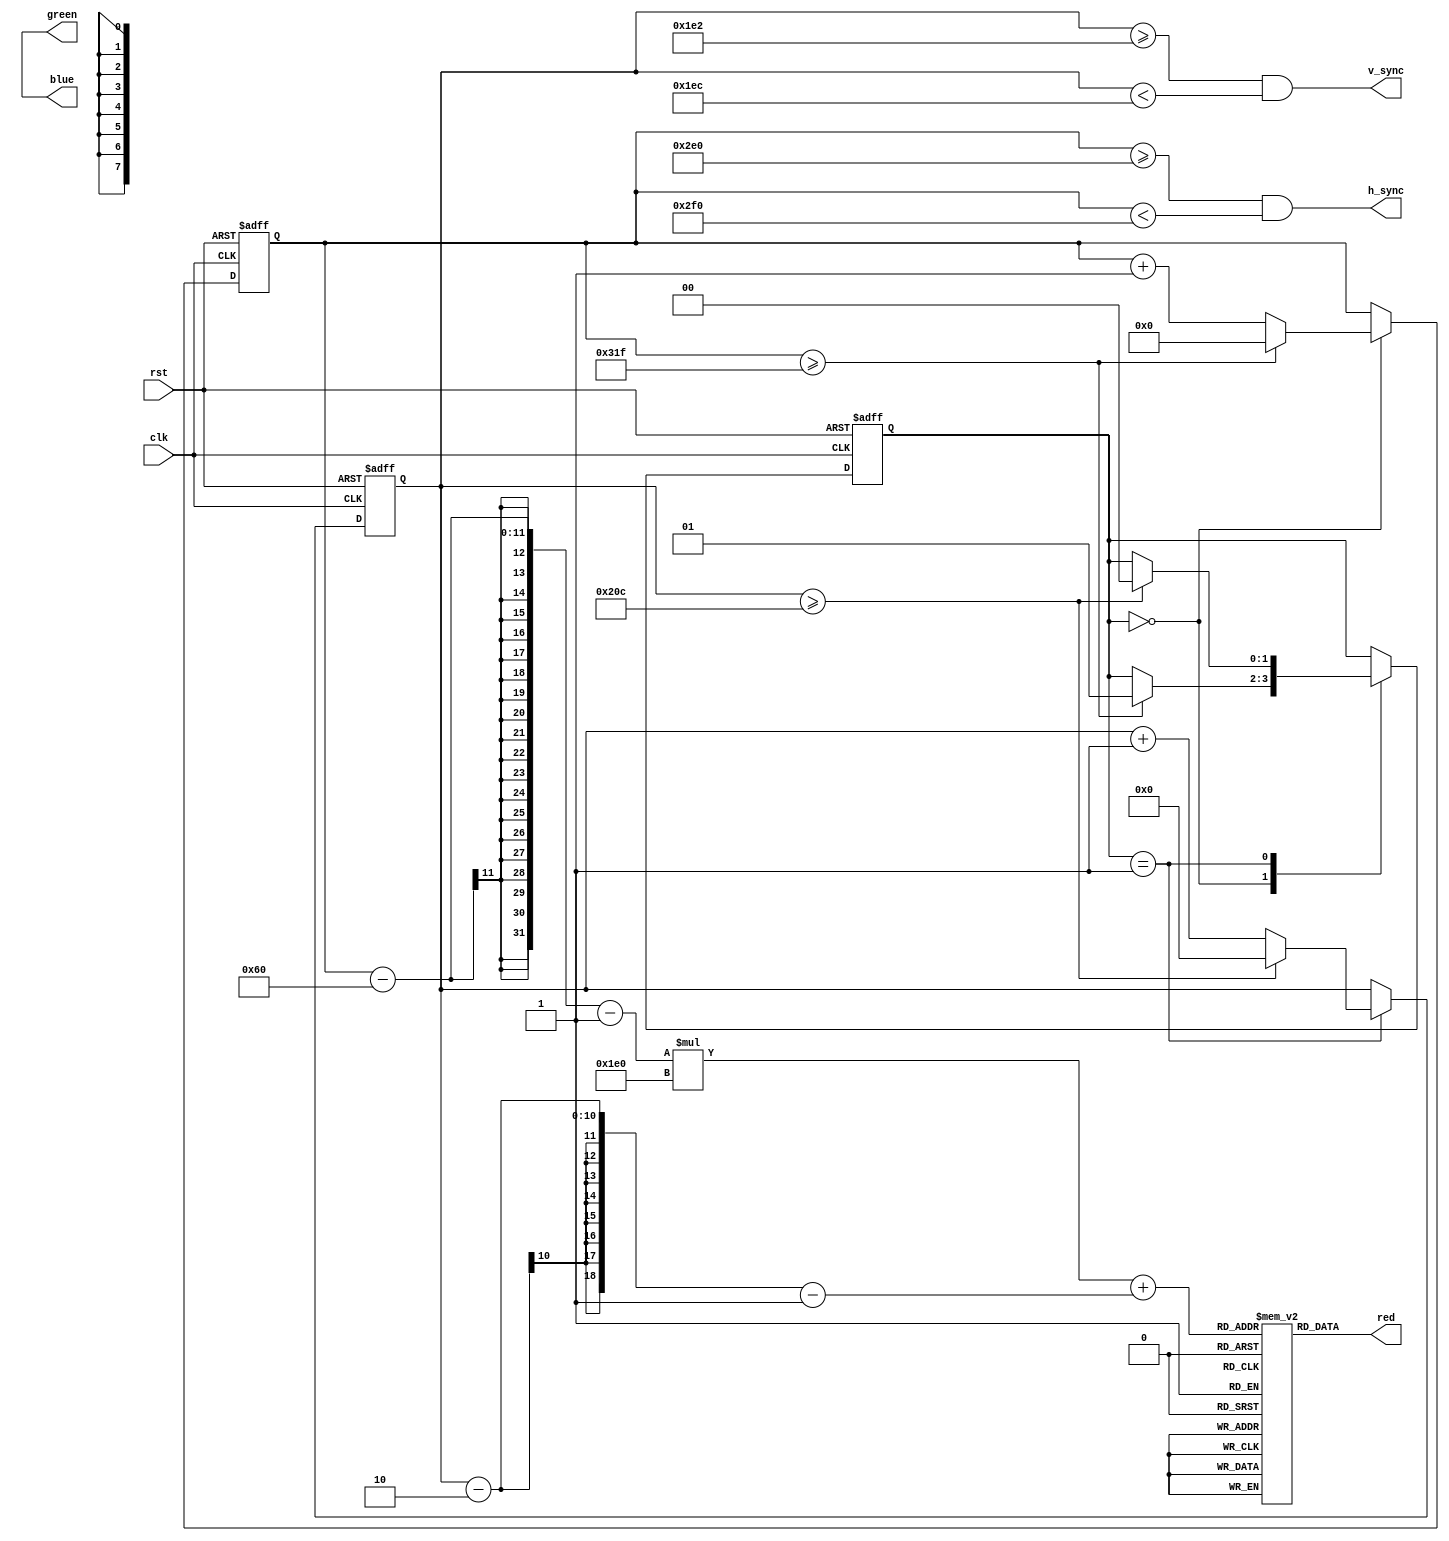
module vga_controller (
    input clk,
    input rst,
    
    output reg h_sync,
    output reg v_sync,
    output reg [7:0] red,
    output reg [7:0] green,
    output reg [7:0] blue
);

reg [10:0] h_counter;
reg [9:0] v_counter;
reg [1:0] state;

parameter H_ACTIVE = 640;
parameter H_SYNC_PULSE = 16;
parameter H_FRONT_PORCH = 96;
parameter H_BACK_PORCH = 48;
parameter V_ACTIVE = 480;
parameter V_SYNC_PULSE = 10;
parameter V_FRONT_PORCH = 2;
parameter V_BACK_PORCH = 33;

always @(posedge clk or posedge rst) begin
    if (rst) begin
        h_counter <= 0;
        v_counter <= 0;
        state <= 0;
    end else begin
        case(state)
            0: begin // Horizontal sync
                h_counter <= h_counter + 1;
                if (h_counter >= H_ACTIVE + H_SYNC_PULSE + H_FRONT_PORCH + H_BACK_PORCH - 1) begin
                    h_counter <= 0;
                    state <= 1;
                end
            end
            1: begin // Vertical sync
                v_counter <= v_counter + 1;
                if (v_counter >= V_ACTIVE + V_SYNC_PULSE + V_FRONT_PORCH + V_BACK_PORCH - 1) begin
                    v_counter <= 0;
                    state <= 0;
                end
            end
        endcase
    end
end

assign h_sync = (h_counter >= H_ACTIVE + H_FRONT_PORCH) && (h_counter < H_ACTIVE + H_FRONT_PORCH + H_SYNC_PULSE);
assign v_sync = (v_counter >= V_ACTIVE + V_FRONT_PORCH) && (v_counter < V_ACTIVE + V_FRONT_PORCH + V_SYNC_PULSE);

// Memory block for pixel color data
reg [7:0] memory [0:639][0:479];

// Pixel color data retrieval
always @(*) begin
    red = memory[h_counter - H_FRONT_PORCH - 1][v_counter - V_FRONT_PORCH - 1][7:0];
    green = memory[h_counter - H_FRONT_PORCH - 1][v_counter - V_FRONT_PORCH - 1][15:8];
    blue = memory[h_counter - H_FRONT_PORCH - 1][v_counter - V_FRONT_PORCH - 1][23:16];
end

endmodule